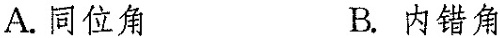
A.同位角 B.内错角